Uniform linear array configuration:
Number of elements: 48
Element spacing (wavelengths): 0.75
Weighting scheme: kaiser
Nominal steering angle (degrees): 0
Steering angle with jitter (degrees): -0.05912
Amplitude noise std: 0.05
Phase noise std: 0.05

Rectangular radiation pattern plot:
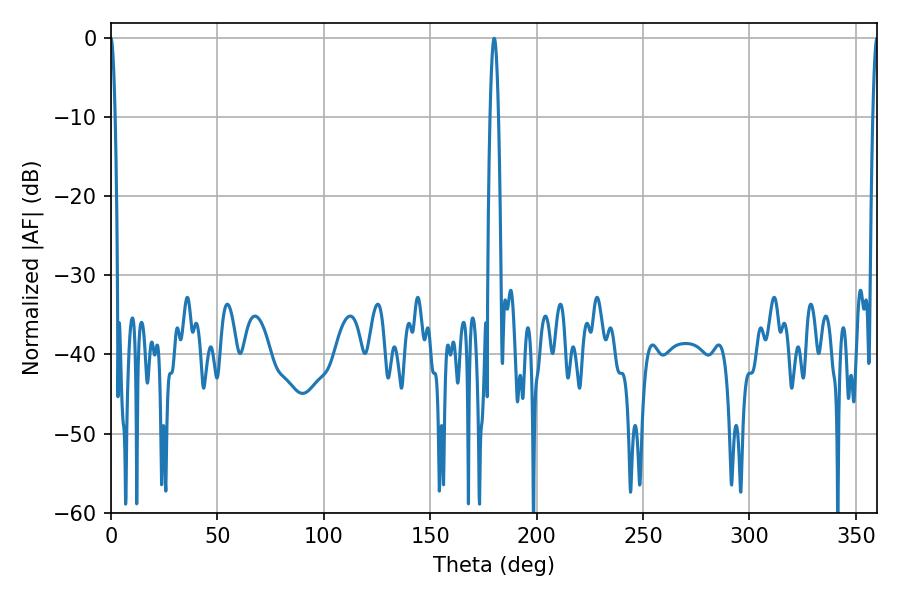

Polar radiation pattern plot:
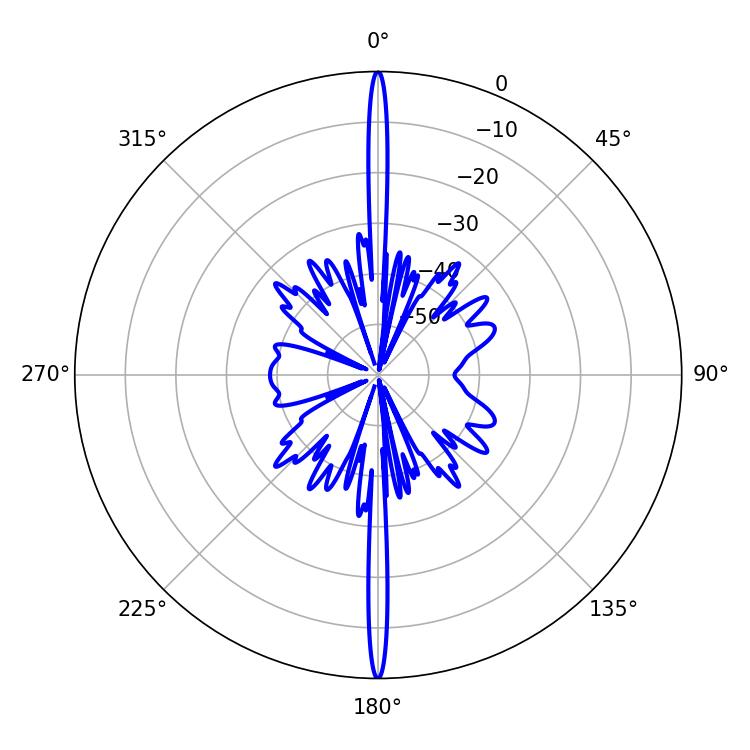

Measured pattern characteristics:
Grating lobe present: TRUE
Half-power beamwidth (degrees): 1.08
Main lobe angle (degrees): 360